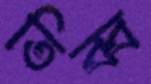
তিব্ব